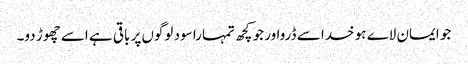
جو ایمان لاے ہو خدا سے ڈرواور جو کچھ تمہارا سود لوگوں پر باقی ہے اسے چھوڑ دو۔